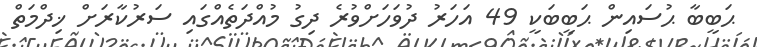
ޙަބީބާ ޙުސައިން ޙަބީބަކީ 49 އަހަރު ދުވަހަށްވުރެ ދިގު މުއްދަތެއްގައި ސަރުކާރަށް ޚިދްމަތް